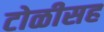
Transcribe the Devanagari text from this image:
टोळीसह